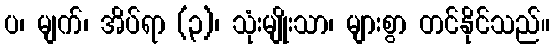
ပ၊ မျက်၊ အိပ်ရာ (၃)၊ သုံးမျိုးသာ၊ များစွာ တင်နိုင်သည်။